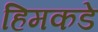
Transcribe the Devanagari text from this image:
हिमकडे